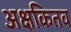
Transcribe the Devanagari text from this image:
अक्षकितव